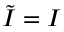
{ \tilde { I } } = I